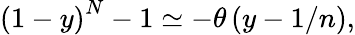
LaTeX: \left(1-y\right)^{N}-1\simeq-\theta\left(y-1/n\right),